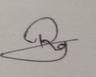
Signature authenticity: genuine